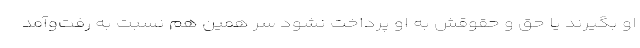
او بگیرند یا حق و حقوقش به او پرداخت نشود سر همین هم نسبت به رفت‌وآمد